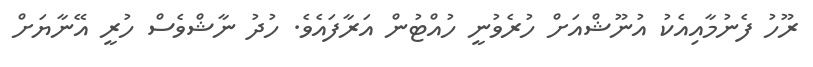
ރޫހު ފެނުމާއިއެކު އުނޫޝްއަށް ހުރެވުނީ ހުއްޓުން އަރާފައެވެ. ހުދު ނާޝްވެސް ހުރީ އޭނާޔަށް